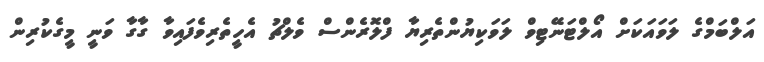
އަލްބަމްގެ ލަވައަކަށް އޯލްޓަނޭޓިވް ލަވަކިޔުންތެރިޔާ ފްލޮރެންސް ވެލްޗު އެހީތެރިވެފައިވާ ގާގާ ވަނީ މީގެކުރިން